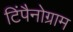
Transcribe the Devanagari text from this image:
टिंपैनोग्राम